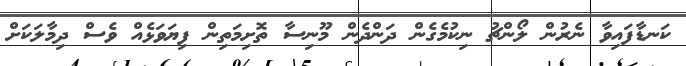
ކަނޑާފައިވާ ނެރުން ލޯންޗު ނިކުމެގެން ދަންދެން މޫނިސާ ތޮށިމަތިން ފިޔަވަޅެއް ވެސް ދިމާލަކަށް